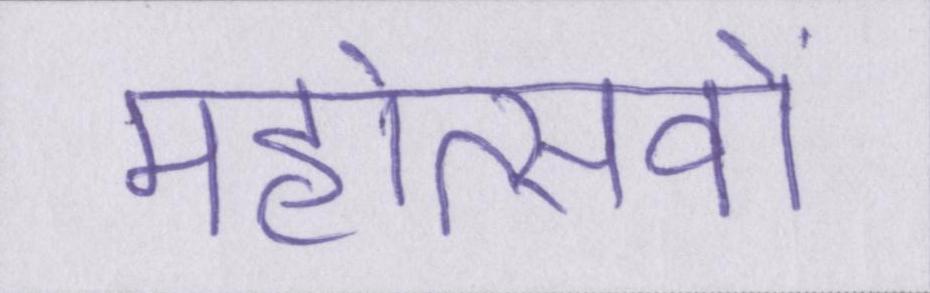
महोत्सवों